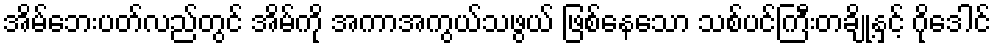
အိမ်ဘေးပတ်လည်တွင် အိမ်ကို အကာအကွယ်သဖွယ် ဖြစ်နေသော သစ်ပင်ကြီးတချို့နှင့် ဂိုဒေါင်